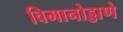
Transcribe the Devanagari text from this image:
विमानोड्डाणे